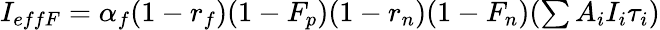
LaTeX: \begin{array}{r}{I_{effF}=\alpha_{f}(1-r_{f})(1-F_{p})(1-r_{n})(1-F_{n})(\sum{A_{i}I_{i}\tau_{i}})}\end{array}